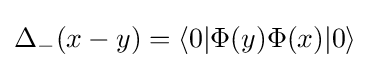
\Delta _{-}(x-y)=\langle 0|\Phi (y)\Phi (x)|0\rangle